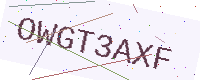
Text: OWGT3AXF